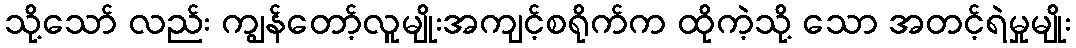
သို့သော် လည်း ကျွန်တော့်လူမျိုးအကျင့်စရိုက်က ထိုကဲ့သို့ သော အတင့်ရဲမှုမျိုး